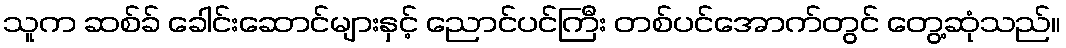
သူက ဆစ်ခ် ခေါင်းဆောင်များနှင့် ညောင်ပင်ကြီး တစ်ပင်အောက်တွင် တွေ့ဆုံသည်။